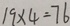
1 9 \times 4 = 7 6